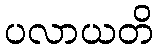
ပလာယတိ